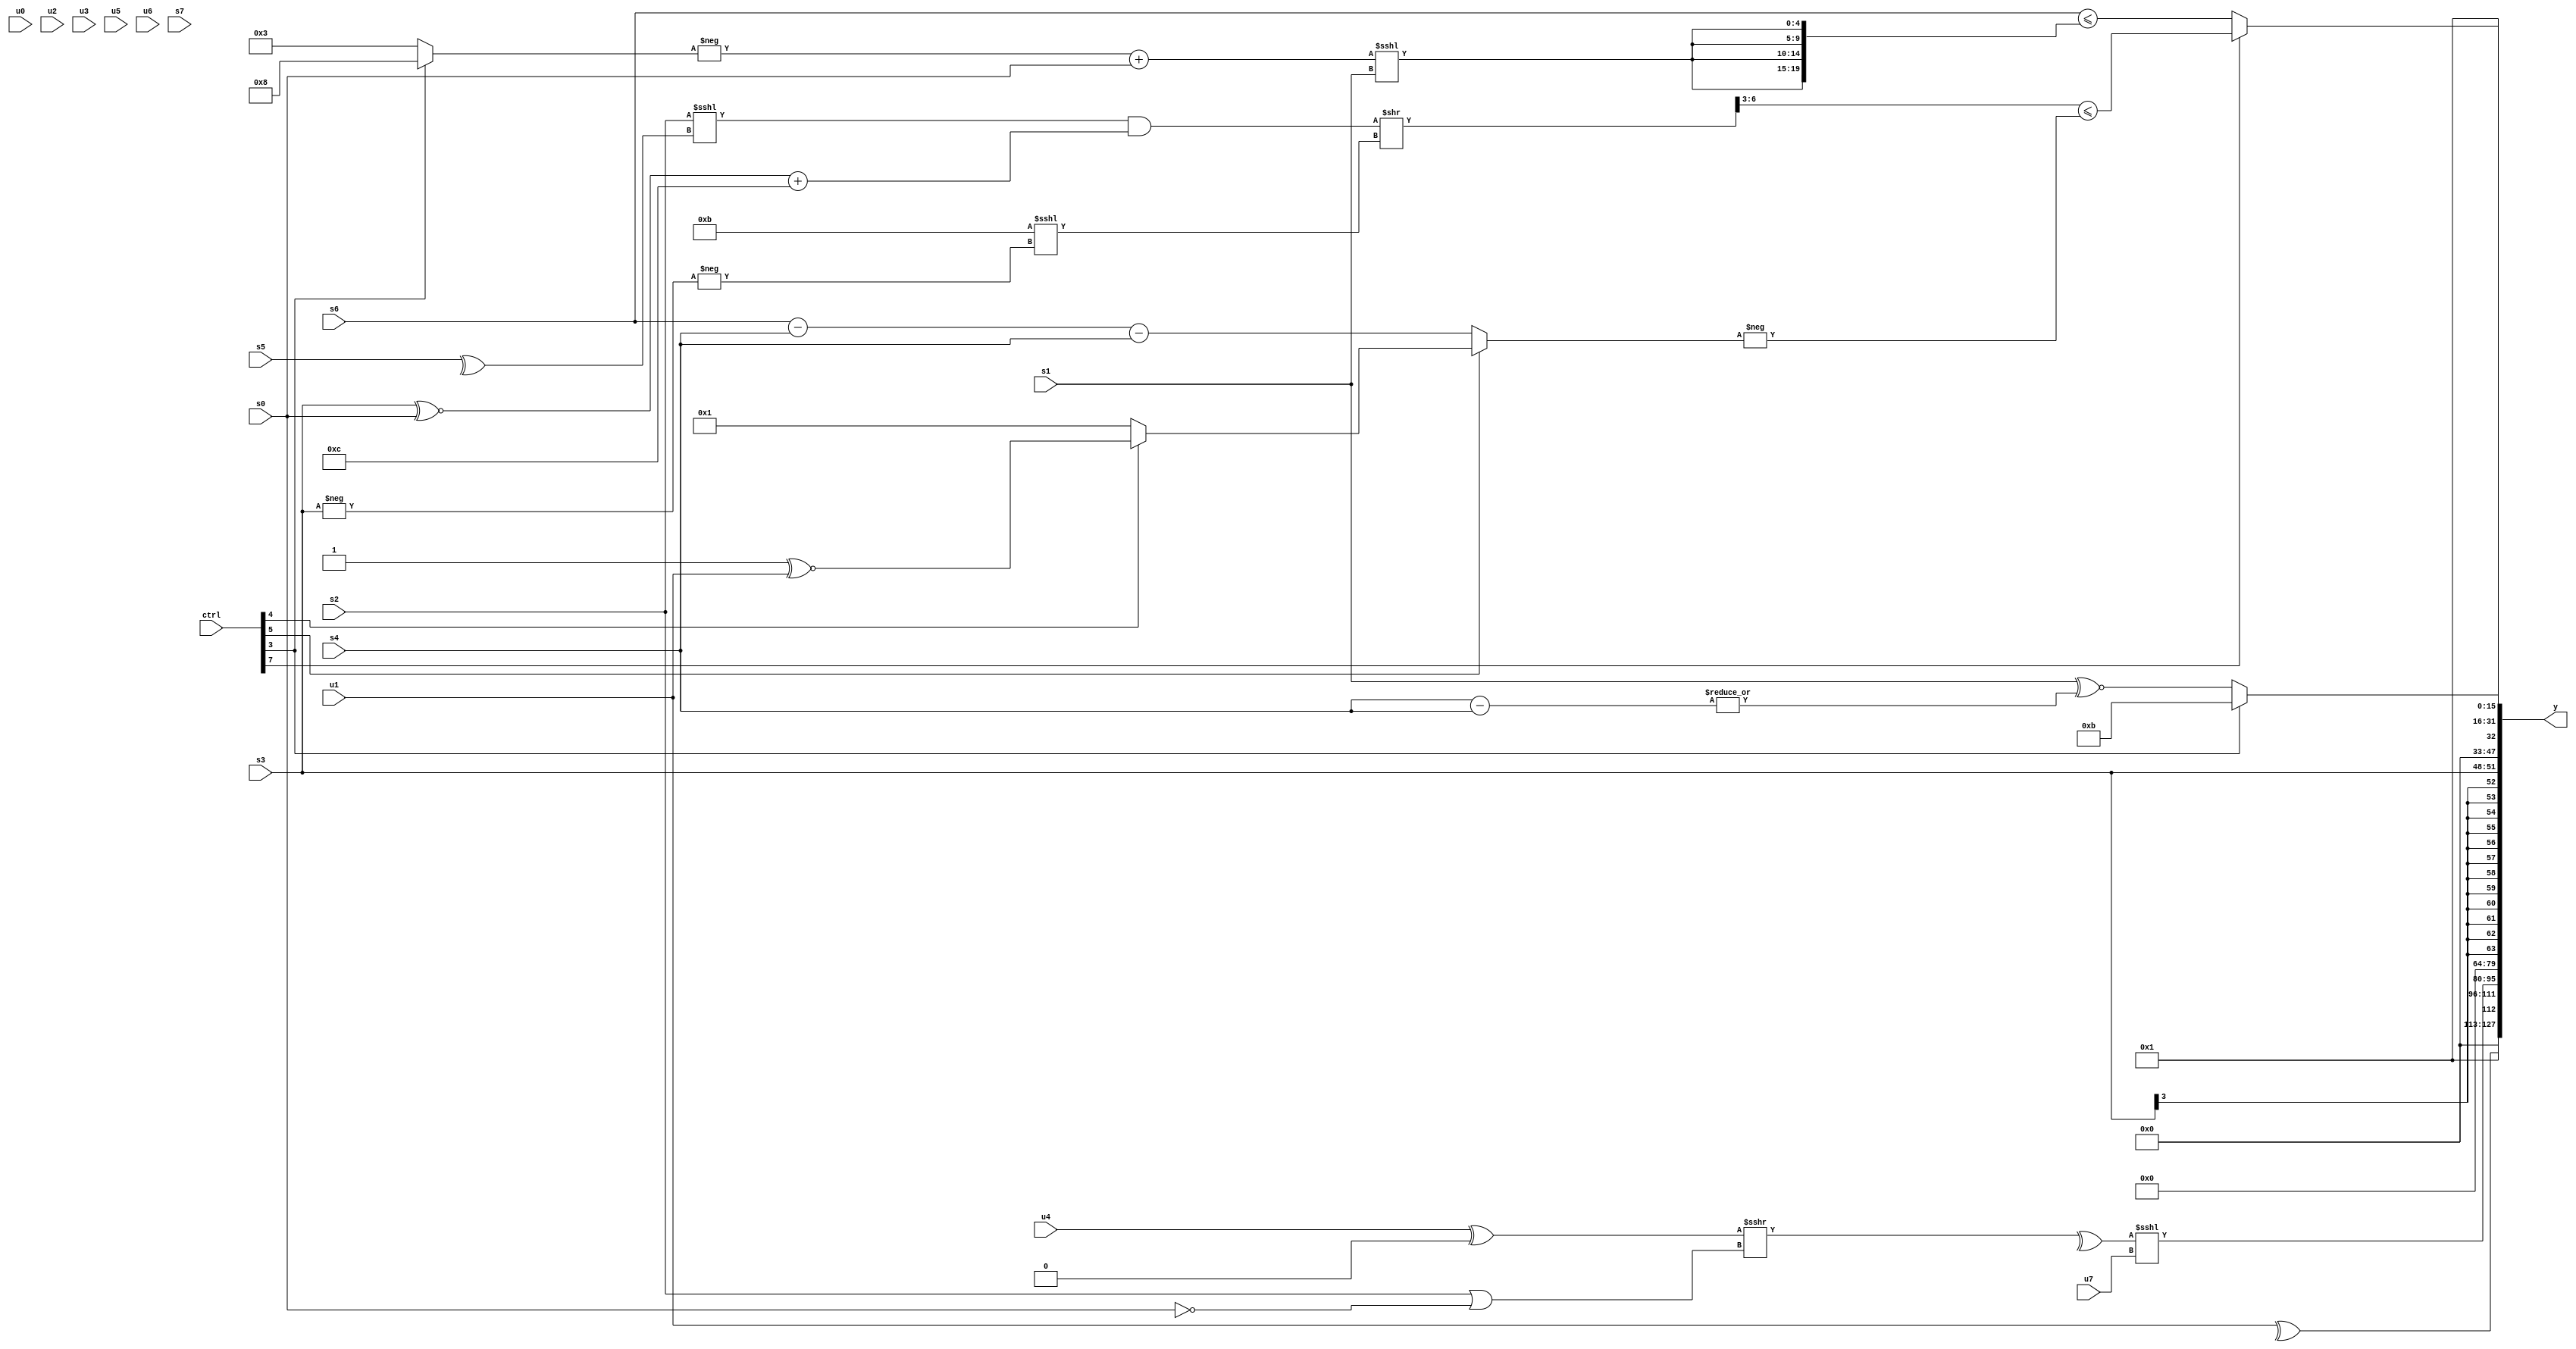
module wideexpr_00322(ctrl, u0, u1, u2, u3, u4, u5, u6, u7, s0, s1, s2, s3, s4, s5, s6, s7, y);
  input [7:0] ctrl;
  input [0:0] u0;
  input [1:0] u1;
  input [2:0] u2;
  input [3:0] u3;
  input [4:0] u4;
  input [5:0] u5;
  input [6:0] u6;
  input [7:0] u7;
  input signed [0:0] s0;
  input signed [1:0] s1;
  input signed [2:0] s2;
  input signed [3:0] s3;
  input signed [4:0] s4;
  input signed [5:0] s5;
  input signed [6:0] s6;
  input signed [7:0] s7;
  output [127:0] y;
  wire [15:0] y0;
  wire [15:0] y1;
  wire [15:0] y2;
  wire [15:0] y3;
  wire [15:0] y4;
  wire [15:0] y5;
  wire [15:0] y6;
  wire [15:0] y7;
  assign y = {y0,y1,y2,y3,y4,y5,y6,y7};
  assign y0 = +((^(+(u1)))<<<(1'b0));
  assign y1 = ~^(6'sb010001);
  assign y2 = (^(((u4)^(3'sb000))>>>(({$signed(s2)})|((~^(s0))!=((5'b10111)==(1'sb0))))))<<<(u7);
  assign y3 = 3'sb000;
  assign y4 = $signed(s3);
  assign y5 = (ctrl[7]?$signed((((((s2)<<<(^(s5)))&(((s3)^~(s0))+(5'sb01100)))>>(($signed({1{5'sb01011}}))<<<(-(-(s3)))))>>>(2'sb11))<=(-((ctrl[5]?(ctrl[4]?(2'sb11)^~($signed(u1)):3'sb001):+(((s6)-(s4))-(s4)))))):(s6)<=({4{((-($signed((ctrl[3]?5'sb01000:3'sb011))))+(s0))<<<(s1)}}));
  assign y6 = 1'b1;
  assign y7 = (ctrl[3]?$unsigned(5'sb01011):+(({1{$unsigned(s1)}})^~(|((s4)-(s4)))));
endmodule